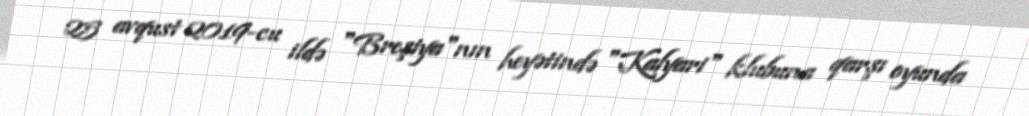
25 avqust 2019-cu ildə "Breşiya"nın heyətində "Kalyari" klubuna qarşı oyunda